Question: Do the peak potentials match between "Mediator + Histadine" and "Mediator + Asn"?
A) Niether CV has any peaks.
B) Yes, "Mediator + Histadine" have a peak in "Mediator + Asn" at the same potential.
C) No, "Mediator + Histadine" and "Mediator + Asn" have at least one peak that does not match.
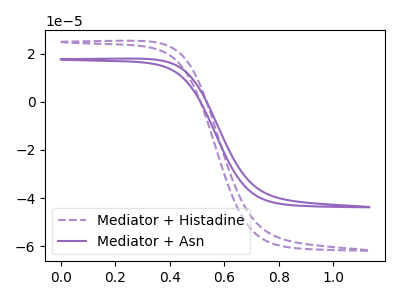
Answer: <think>The purple dashed curve "Mediator + Histadine" has no peaks. The purple curve "Mediator + Asn" has no peaks.</think>
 <answer>A) Niether CV has any peaks.</answer>
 <eval>A</eval>